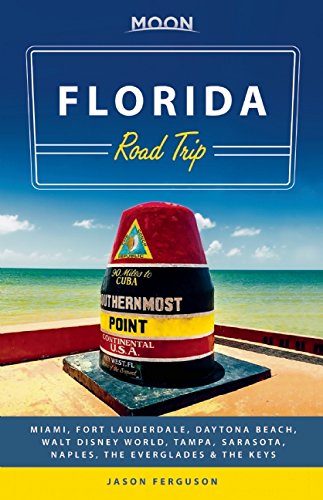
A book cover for Moon Florida Road Trip: Miami, Fort Lauderdale, Daytona Beach, Walt Disney World, Tampa, Sarasota, Naples, the Everglades & the Keys (Moon Handbooks); Jason Ferguson; Travel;